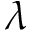
\lambda